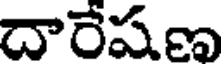
దారేషణ